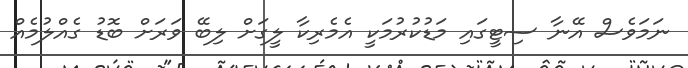
ނަމަވެސް އޭނާ ސިޓީގައި މަޑުކުރުމަކީ އެމެރިކާ ލީގަށް ލިބޭ ވަރަށް ބޮޑު ގެއްލުމެއް